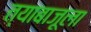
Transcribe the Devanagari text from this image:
त्याबाजूला